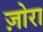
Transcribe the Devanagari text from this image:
ज़ोरा